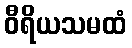
ဝီရိယသမထံ